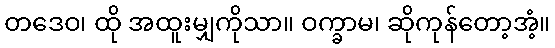
တဒေဝ၊ ထို အထူးမျှကိုသာ။ ဝက္ခာမ၊ ဆိုကုန်တော့အံ့။